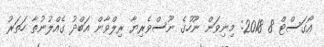
އޯގަސްޓް 8 2018: މިނިވަން ނޫހުގެ ނޫސްވެރިޔާ ރިލްވާން އަބްދު ގެއްލުނުތާ ހަތަރު